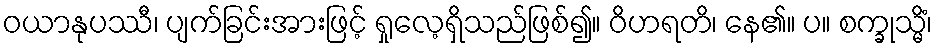
ဝယာနုပဿီ၊ ပျက်ခြင်းအားဖြင့် ရှုလေ့ရှိသည်ဖြစ်၍။ ဝိဟရတိ၊ နေ၏။ ပ။ စက္ခုသ္မိံ၊